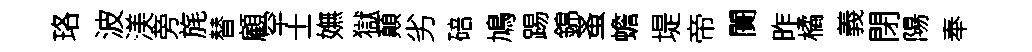
珞波渼旁旄替顧罕士嫵獄顛劣碚鳩踢錦蚤蟾堤帝闠昨橘義閉陽奉